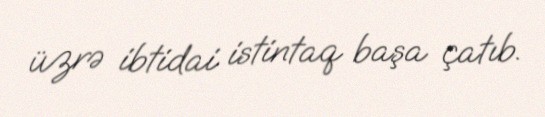
üzrə ibtidai istintaq başa çatıb.